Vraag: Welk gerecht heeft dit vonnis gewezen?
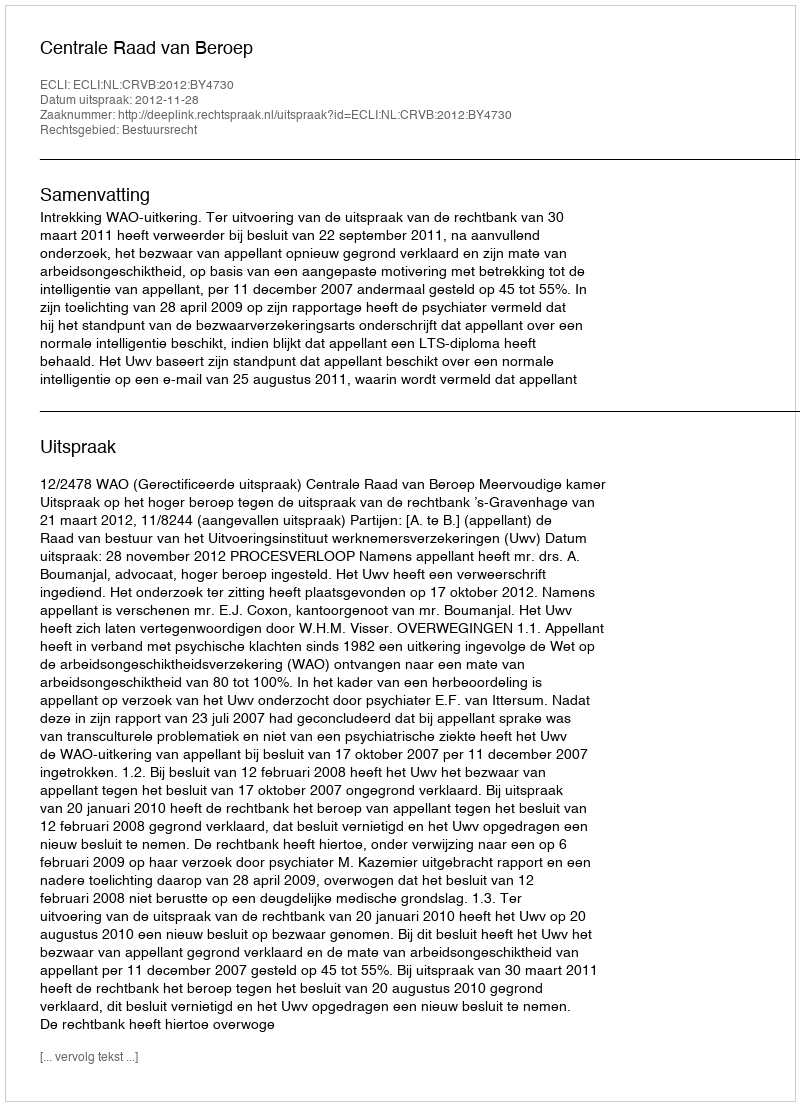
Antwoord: Centrale Raad van Beroep